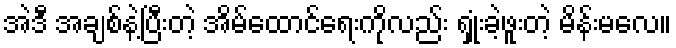
အဲဒီ အချစ်နဲ့ပြီးတဲ့ အိမ်ထောင်ရေးကိုလည်း ရှုံးခဲ့ဖူးတဲ့ မိန်းမလေ။